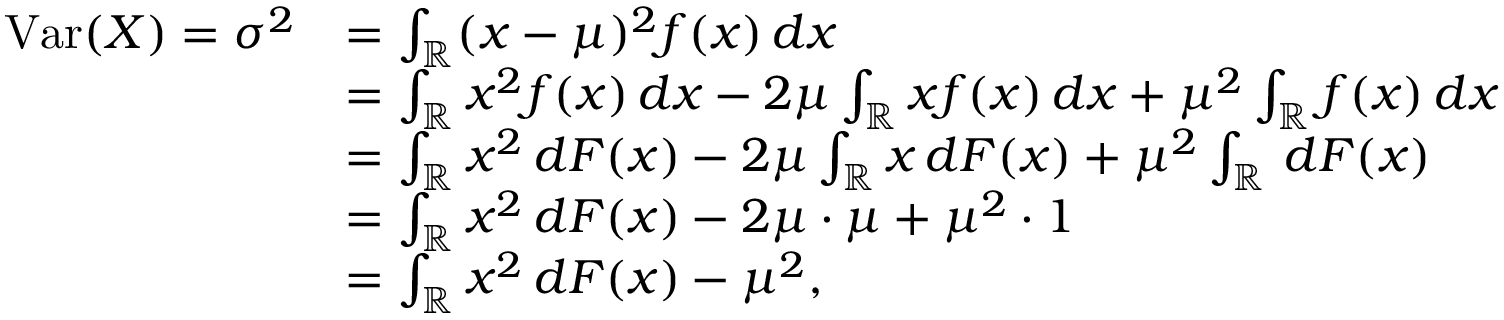
{ \begin{array} { r l } { \operatorname { V a r } ( X ) = \sigma ^ { 2 } } & { = \int _ { \mathbb { R } } ( x - \mu ) ^ { 2 } f ( x ) \, d x } \\ & { = \int _ { \mathbb { R } } x ^ { 2 } f ( x ) \, d x - 2 \mu \int _ { \mathbb { R } } x f ( x ) \, d x + \mu ^ { 2 } \int _ { \mathbb { R } } f ( x ) \, d x } \\ & { = \int _ { \mathbb { R } } x ^ { 2 } \, d F ( x ) - 2 \mu \int _ { \mathbb { R } } x \, d F ( x ) + \mu ^ { 2 } \int _ { \mathbb { R } } \, d F ( x ) } \\ & { = \int _ { \mathbb { R } } x ^ { 2 } \, d F ( x ) - 2 \mu \cdot \mu + \mu ^ { 2 } \cdot 1 } \\ & { = \int _ { \mathbb { R } } x ^ { 2 } \, d F ( x ) - \mu ^ { 2 } , } \end{array} }